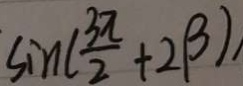
\sin ( \frac { 3 \pi } { 2 } + 2 \beta )